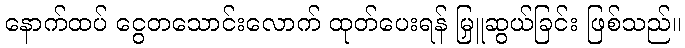
နောက်ထပ် ငွေတသောင်းလောက် ထုတ်ပေးရန် မြှူဆွယ်ခြင်း ဖြစ်သည်။